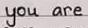
you are